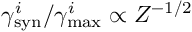
\gamma _ { \mathrm { s y n } } ^ { i } / \gamma _ { \mathrm { m a x } } ^ { i } \propto Z ^ { - 1 / 2 }